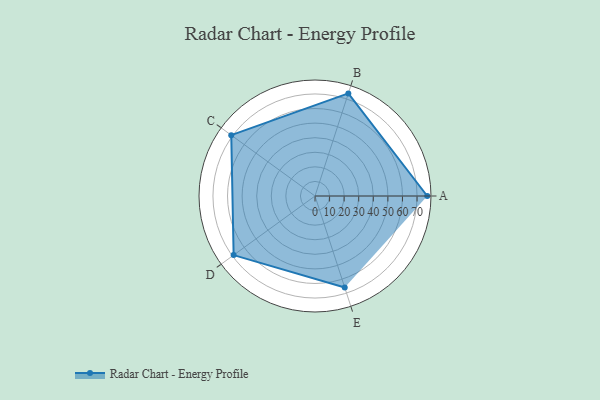
{"axis": {"x": "Skill", "y": "Score"}, "legend": ["Profile"], "data": [{"x": "A", "y": 77.0, "type": "Profile"}, {"x": "B", "y": 74.0, "type": "Profile"}, {"x": "C", "y": 71.0, "type": "Profile"}, {"x": "D", "y": 69.0, "type": "Profile"}, {"x": "E", "y": 66.0, "type": "Profile"}]}